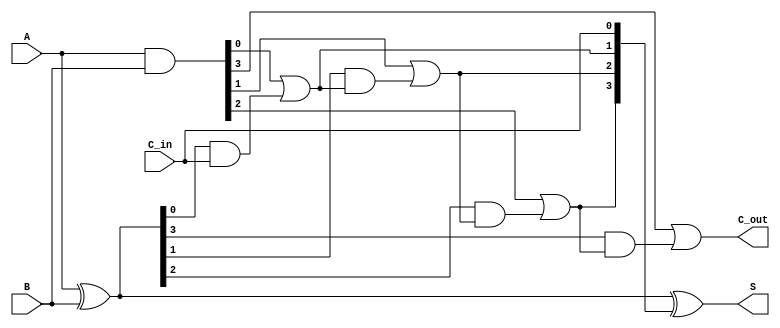
module SklanskyAdder #(parameter N = 4) (
    input  [N-1:0] A,        // First operand
    input  [N-1:0] B,        // Second operand
    input         C_in,      // Carry-in
    output [N-1:0] S,        // Sum output
    output        C_out       // Carry-out
);

    // Generate and Propagate signals
    wire [N-1:0] G; // Generate signals
    wire [N-1:0] P; // Propagate signals
    wire [N:0] C;   // Carry signals

    // Generate and Propagate calculations
    assign G = A & B;           // G_i = A_i * B_i
    assign P = A ^ B;           // P_i = A_i + B_i (XOR for propagation)

    // Carry signal calculations
    assign C[0] = C_in;         // Initial carry-in
    genvar i;
    generate
        for (i = 0; i < N; i = i + 1) begin : carry_generation
            if (i == 0) begin
                assign C[i+1] = G[i] | (P[i] & C[i]); // C_1 = G_0 + P_0 * C_in
            end else begin
                assign C[i+1] = G[i] | (P[i] & C[i]); // C_i = G_i + P_i * C_(i-1)
            end
        end
    endgenerate

    // Sum calculation
    assign S = P ^ C[N-1:0]; // S_i = P_i XOR C_i

    // Final carry-out
    assign C_out = C[N]; // Final carry-out

endmodule